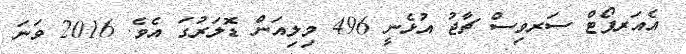
އެއަރޕޯޓް ސަރވިސް ޗާޖު އުޅެނީ 496 މިލިއަން ޑޮލަރުގަ އެވެ. 2016 ވަނަ